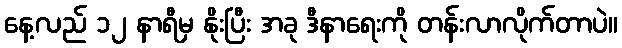
နေ့လည် ၁၂ နာရီမှ နိုးပြီး အခု ဒီနာရေးကို တန်းလာလိုက်တာပဲ။